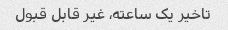
تاخیر یک ساعته، غیر قابل قبول